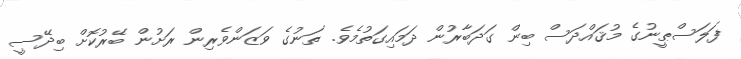
ފަލަސްޠީނުގެ މުޤައްދަސް ބިން ގަދަބާރުން ދަމައިގަތުމެވެ. ތަނުގެ ވަޒަންވެރިން ރަށުން ބޭރުކޮށް ބިދޭސީ